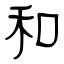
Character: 和